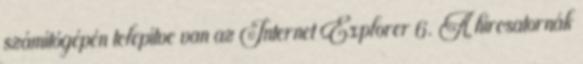
számítógépén telepítve van az Internet Explorer 6. A hírcsatornák